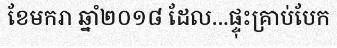
ខែមករា ឆ្នាំ២០១៨ ដែល...ផ្ទុះគ្រាប់បែក